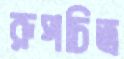
রূপচিত্র